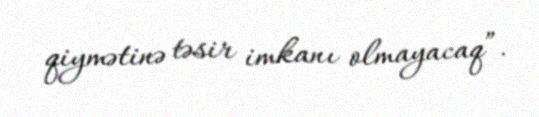
qiymətinə təsir imkanı olmayacaq”.